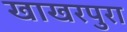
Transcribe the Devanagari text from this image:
खाखरपुरा